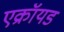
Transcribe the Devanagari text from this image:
एक्रॉयड